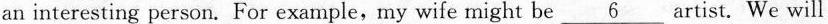
an interesting person. For example,my wife might be \underline{6} 6artist. We will